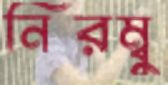
নিরম্বু